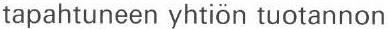
tapahtuneen yhtiön tuotannon